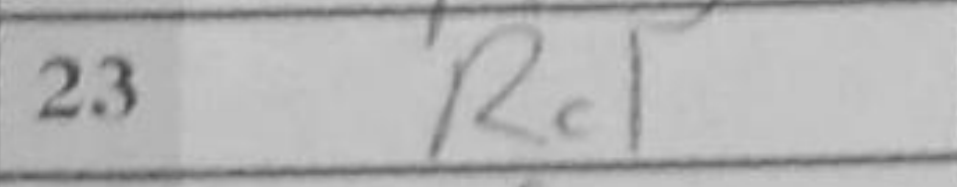
Transcription: Rc1